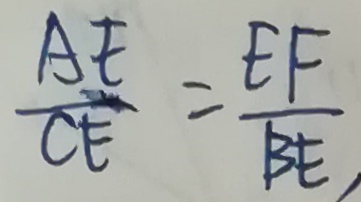
\frac { A E } { C E } = \frac { E F } { B E } ,